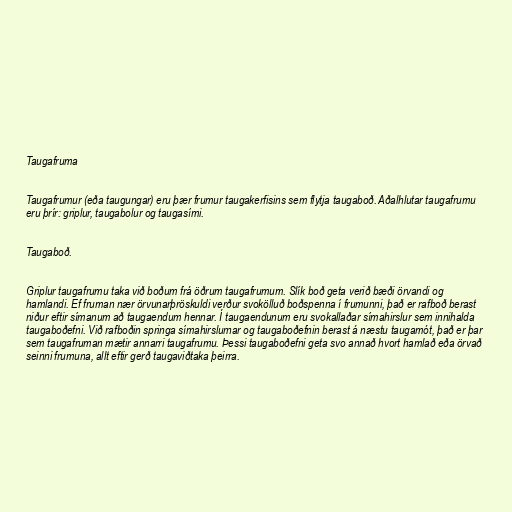
Taugafruma

Taugafrumur (eða taugungar) eru þær frumur taugakerfisins sem flytja taugaboð. Aðalhlutar taugafrumu
eru þrír: griplur, taugabolur og taugasími.

Taugaboð.

Griplur taugafrumu taka við boðum frá öðrum taugafrumum. Slík boð geta verið bæði örvandi og
hamlandi. Ef fruman nær örvunarþröskuldi verður svokölluð boðspenna í frumunni, það er rafboð berast
niður eftir símanum að taugaendum hennar. Í taugaendunum eru svokallaðar símahirslur sem innihalda
taugaboðefni. Við rafboðin springa símahirslurnar og taugaboðefnin berast á næstu taugamót, það er þar
sem taugafruman mætir annarri taugafrumu. Þessi taugaboðefni geta svo annað hvort hamlað eða örvað
seinni frumuna, allt eftir gerð taugaviðtaka þeirra.